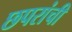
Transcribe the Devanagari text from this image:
छपरांची